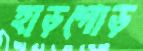
হাড়গোড়